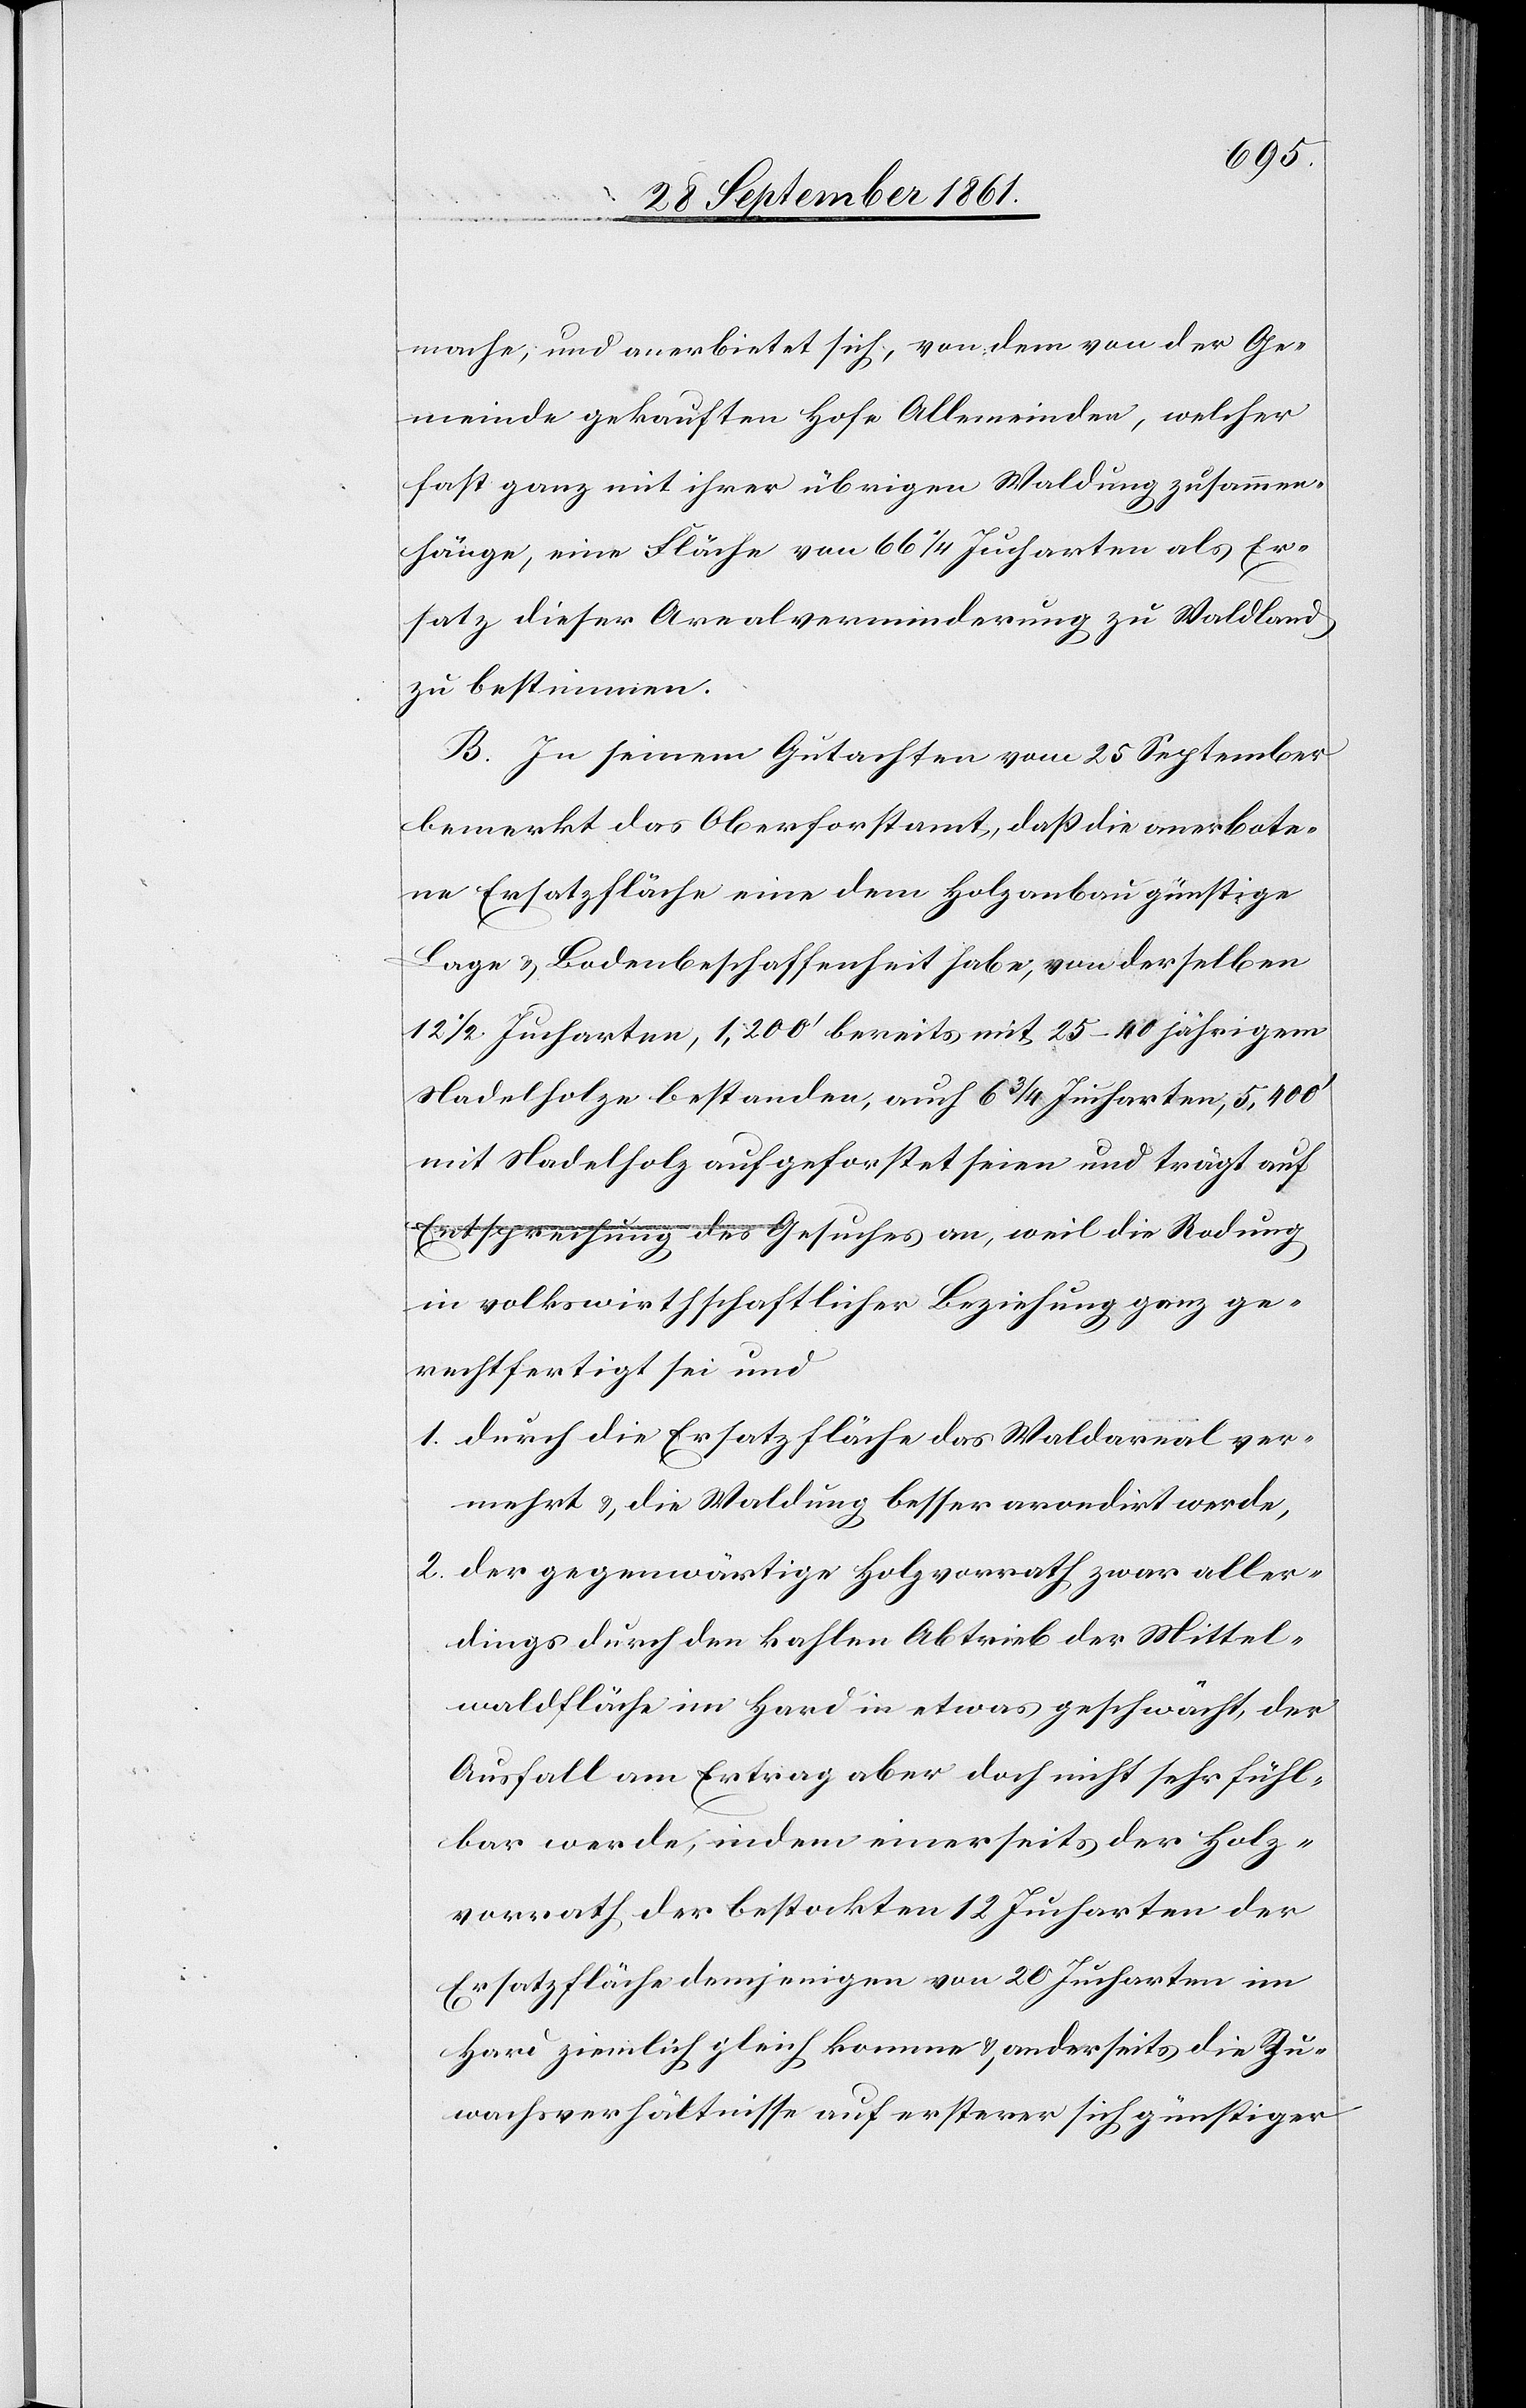
mache, und anerbietet sich, von dem von der Ge¬
meinde gekauften Hofe Allesneinden, welcher
fast ganz mit ihrer übrigen zusammenhänge, eine
Ersatz dieser Arealverminderung zu Waldland
zu bestimmen.
B. In seinem Gutachten vom 25 September
bemerkt das Oberforstamt, daß die anerbote¬
ne Ersatzfläche eine dem Holzanbau günstige
Lage u. Bodenbeschaffenheit habe, von derselben
12 1/2 Jucharten, 1,200’ bereits mit 25–40 jährigem
Nadelholze bestanden, auch 6 3/4 Jucharten, 5,400’
mit Nadelholz aufgeforstet seien und trägt auf
Entsprechung des Gesuches an, weil die Rodung
in volkswirthschaftlicher Beziehung ganz ge¬
rechtfertigt sei und
1. durch die Ersatzfläche des Waldareal ver¬
mehrt u. die Waldung besser arrondirt werde,
2. der gegenwärtige Holzvorrath zwar aller¬
dings durch den kahlen Abtrieb der Mittel¬
waldfläche im Hard in etwas geschwächt, der
Ausfall am Ertrag aber doch nicht sehr fühl¬
bar werde, in dem einerseits der Holz¬
vorrath, der bestockten 12 Jucharten der
Ersatzfläche demjenigen von 20 Jucharten im
Hard ziemlich gleich komme u. anderseits die Zu¬
wachsverhältnisse auf ersterer sich günstiger